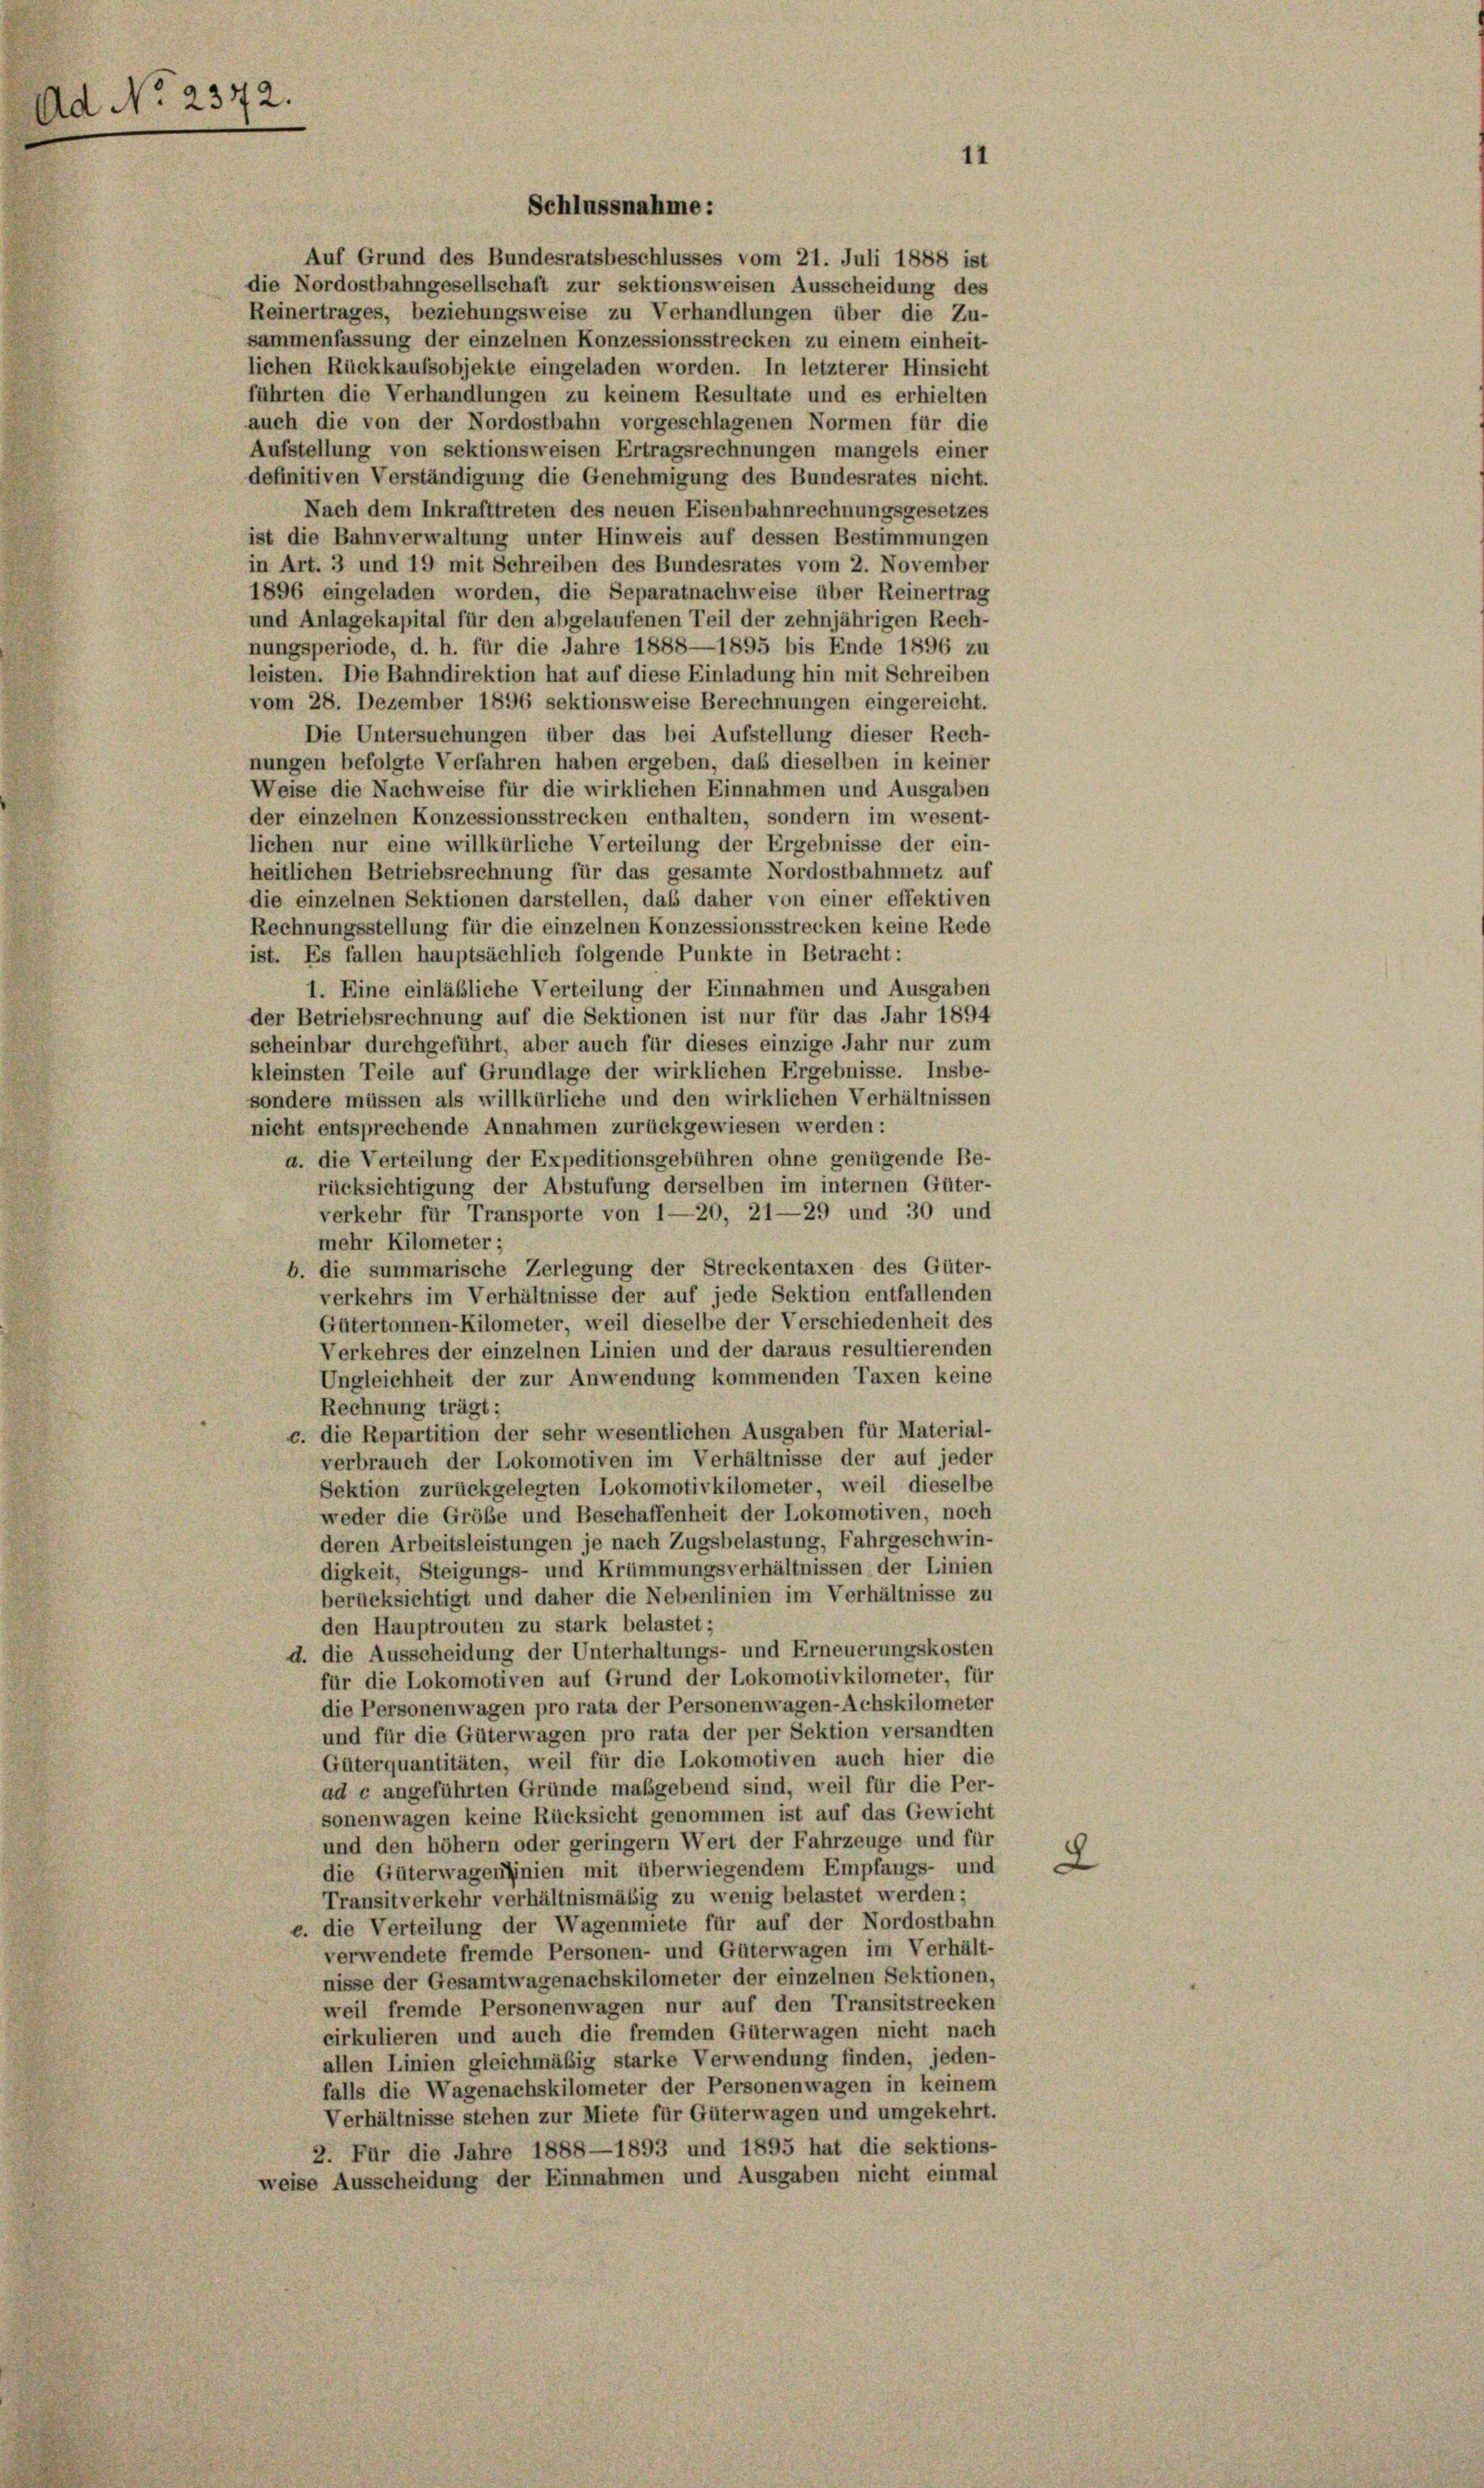
Ad No 2372.

Auf Grund des Bundesratsbeschlusses vom 21. Juli 1888 ist
die Nordostbahngesellschaft zur sektionsweisen Ausscheidung des
Reinertrages, beziehungsweise zu Verhandlungen über die Zu-
sammenfassung der einzelnen Konzessionsstrecken zu einem einheit-
lichen Rückkaufsobjekte eingeladen worden. In letzterer Hinsicht
führten die Verhandlungen zu keinem Resultate und es erhielten
auch die von der Nordostbahn vorgeschlagenen Normen für die
Aufstellung von sektionsweisen Ertragsrechnungen mangels einer
definitiven Verständigung die Genehmigung des Bundesrates nicht.
Nach dem Inkrafttreten des neuen Eisenbahnrechnungsgesetzes
ist die Bahnverwaltung unter Hinweis auf dessen Bestimmungen
in Art. 3 und 19 mit Schreiben des Bundesrates vom 2. November
1896 eingeladen worden, die Separatnachweise über Reinertrag
und Anlagekapital für den abgelaufenen Teil der zehnjährigen Rech-
nungsperiode, d. h. für die Jahre 1888—1895 bis Ende 1896 zu
leisten. Die Bahndirektion hat auf diese Einladung hin mit Schreiben
vom 28. Dezember 1896 sektionsweise Berechnungen eingereicht.
Die Untersuchungen über das bei Aufstellung dieser Rech-
nungen befolgte Verfahren haben ergeben, daß dieselben in keiner
Weise die Nachweise für die wirklichen Einnahmen und Ausgaben
der einzelnen Konzessionsstrecken enthalten, sondern im wesent-
lichen nur eine willkürliche Verteilung der Ergebnisse der ein-
heitlichen Betriebsrechnung für das gesamte Nordostbahnnetz auf
die einzelnen Sektionen darstellen, daß daher von einer effektiven
Rechnungsstellung für die einzelnen Konzessionsstrecken keine Rede
ist. Es fallen hauptsächlich folgende Punkte in Betracht:
1. Eine einläßliche Verteilung der Einnahmen und Ausgaben
der Betriebsrechnung auf die Sektionen ist nur für das Jahr 1894
scheinbar durchgeführt, aber auch für dieses einzige Jahr nur zum
kleinsten Teile auf Grundlage der wirklichen Ergebnisse. Insbe-
sondere müssen als willkürliche und den wirklichen Verhältnissen
nicht entsprechende Annahmen zurückgewiesen werden:
a. die Verteilung der Expeditionsgebühren ohne genügende Be-
rücksichtigung der Abstufung derselben im internen Güter-
verkehr für Transporte von 1—20, 21—29 und 30 und
mehr Kilometer;
b. die summarische Zerlegung der Streckentaxen des Güter-
verkehrs im Verhältnisse der auf jede Sektion entfallenden
Gütertonnen-Kilometer, weil dieselbe der Verschiedenheit des
Verkehres der einzelnen Linien und der daraus resultierenden
Ungleichheit der zur Anwendung kommenden Taxen keine
Rechnung trägt;
c. die Repartition der sehr wesentlichen Ausgaben für Material-
verbrauch der Lokomotiven im Verhältnisse der auf jeder
Sektion zurückgelegten Lokomotivkilometer, weil dieselbe
weder die Größe und Beschaffenheit der Lokomotiven, noch
deren Arbeitsleistungen je nach Zugsbelastung, Fahrgeschwin-
digkeit, Steigungs- und Krümmungsverhältnissen der Linien
berücksichtigt und daher die Nebenlinien im Verhältnisse zu
den Hauptrouten zu stark belastet;
d. die Ausscheidung der Unterhaltungs- und Erneuerungskosten
für die Lokomotiven auf Grund der Lokomotivkilometer, für
die Personenwagen pro rata der Personenwagen-Achskilometer
und für die Güterwagen pro rata der per Sektion versandten
Güterquantitäten, weil für die Lokomotiven auch hier die
ad c angeführten Gründe maßgebend sind, weil für die Per-
sonenwagen keine Rücksicht genommen ist auf das Gewicht
und den höher oder geringern Wert der Fahrzeuge und für
die Güterwagenfinien mit überwiegendem Empfangs- und
Transitverkehr verhältnismäßig zu wenig belastet werden;
e. die Verteilung der Wagenmiete für auf der Nordostbahn
verwendete fremde Personen- und Güterwagen im Verhält-
nisse der Gesamtwagenachskilometer der einzelnen Sektionen,
weil fremde Personenwagen nur auf den Transitstrecken
cirkulieren und auch die fremden Güterwagen nicht nach
allen Linien gleichmäßig starke Verwendung finden, jeden-
falls die Wagenachskilometer der Personenwagen in keinem
Verhältnisse stehen zur Miete für Güterwagen und umgekehrt.
2. Für die Jahre 1888—1893 und 1895 hat die sektions-
weise Ausscheidung der Einnahmen und Ausgaben nicht einmal

Schlussnahme:

11

2